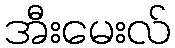
အီးမေးလ်